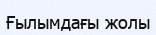
Ғылымдағы жолы